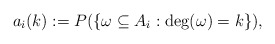
\begin{align*}a_i(k):= P(\{\omega\subseteq A_i: \deg(\omega)=k\}),\end{align*}